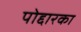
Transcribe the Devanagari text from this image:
पोद्दारका